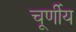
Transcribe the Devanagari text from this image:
चूर्णीय